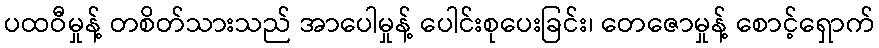
ပထဝီမှုန့် တစိတ်သားသည် အာပေါမှုန့် ပေါင်းစုပေးခြင်း၊ တေဇောမှုန့် စောင့်ရှောက်